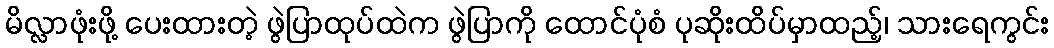
မိလ္လာဖုံးဖို့ ပေးထားတဲ့ ဖွဲပြာထုပ်ထဲက ဖွဲပြာကို ထောင်ပုံစံ ပုဆိုးထိပ်မှာထည့်၊ သားရေကွင်း